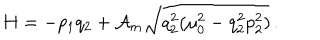
H = - p _ { 1 } q _ { 2 } + { \cal A } _ { m } \sqrt { q _ { 2 } ^ { 2 } ( \mu _ { 0 } ^ { 2 } - q _ { 2 } ^ { 2 } p _ { 2 } ^ { 2 } ) } \, { . }